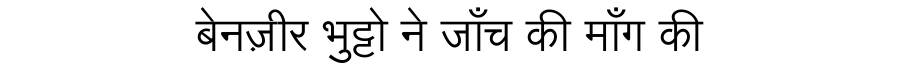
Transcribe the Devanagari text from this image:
बेनज़ीर भुट्टो ने जाँच की माँग की